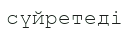
сүйретеді